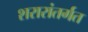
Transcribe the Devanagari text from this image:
शरारांतर्गत